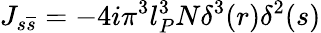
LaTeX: J_{s\overline{{{s}}}}=-4i\pi^{3}l_{P}^{3}N\delta^{3}(r)\delta^{2}(s)